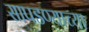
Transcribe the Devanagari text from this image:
सापडण्याच्या